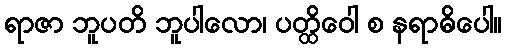
ရာဇာ ဘူပတိ ဘူပါလော၊ ပတ္ထိဝေါ စ နရာဓိပေါ။